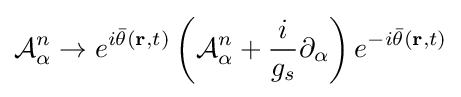
{\mathcal {A}}_{\alpha }^{n}\rightarrow e^{i{\bar {\theta }}(\mathbf {r} ,t)}\left({\mathcal {A}}_{\alpha }^{n}+{\frac {i}{g_{s}}}\partial _{\alpha }\right)e^{-i{\bar {\theta }}(\mathbf {r} ,t)}